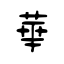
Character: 華